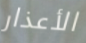
الأعذار